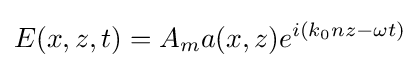
E(x,z,t)=A_{m}a(x,z)e^{i(k_{0}nz-\omega t)}